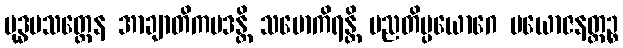
ဗုဒ္ဓပသတ္ထေန အာချာတိကပဒန္တိ သမောကိရန္တိ မညတိပ္ပယောဂေ ပယောဇနတ္ထဉ္စ